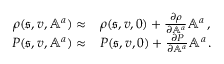
\begin{array} { r l } { \rho ( \mathfrak { s } , v , \mathbb { A } ^ { a } ) \approx } & { \rho ( \mathfrak { s } , v , 0 ) + \frac { \partial \rho } { \partial \mathbb { A } ^ { a } } \mathbb { A } ^ { a } \, , } \\ { P ( \mathfrak { s } , v , \mathbb { A } ^ { a } ) \approx } & { P ( \mathfrak { s } , v , 0 ) + \frac { \partial P } { \partial \mathbb { A } ^ { a } } \mathbb { A } ^ { a } \, . } \end{array}